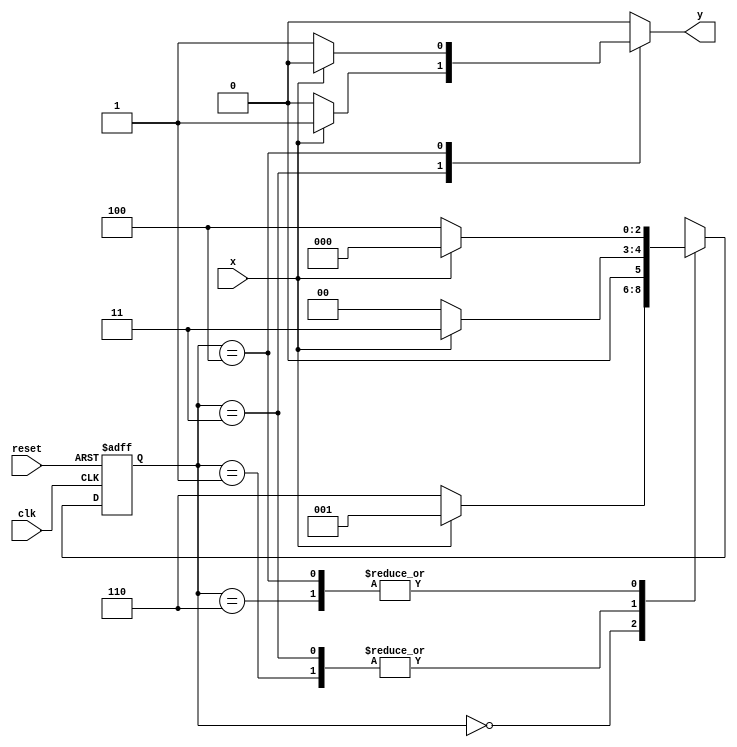
//Nome: Raphaela Fernanda Silva

`define found    1
`define notfound 0

module ex04_seq000_111 (y,x,clk,reset);

output y;
input  x;
input  clk;
input  reset;

reg    y;

parameter
	start  = 3'b000,
	id1    = 3'b001,
	id11   = 3'b011,
	id0    = 3'b110,
	id00   = 3'b100;

reg [2:0] E1;
reg [2:0] E2;

   always @( x or E1 )
		begin
		y = `notfound;

		case ( E1 )
			start:
				if ( x )
					E2 = id1;
				else
					E2 = id0;
				
			id1:
				if ( x )
					E2 = id11;
				else
					E2 = start;

			id11:
				if ( x )
				begin
					E2 =  id11;
					y  = `found;
				end
				else
				begin
					E2 =  start;
					y  = `notfound;
				end
			
			id0:
				if ( x )
					E2 = start;
				else
					E2 = id00;

			id00:
				if ( x )
				begin
					E2 =  start;
					y  = `notfound;
				end
				else
				begin
					E2 =  id00;
					y  = `found;
				end
	 
			default: 
				E2 =  3'bxxx;
		endcase
	  
end 
		
		always @( posedge clk or negedge reset )
		begin
			if ( reset )
				E1 = E2;
			else
				E1 = 0; 
end 

endmodule 

module Ex04;
	
reg   clk, reset, x;
wire  m1;

ex04_seq000_111 M5 (m1,x,clk,reset);

	initial
	begin
		$display("Exercicio04 - Guia10");
		$display("\ntime\tx   seq 000|111" );

       clk   = 1;
       reset = 0;
       x     = 0;

		#10   reset = 1;
		#10  x = 1;
		#10  x = 0;
		#10  x = 0;
		#10  x = 1;
		#10  x = 0;
		#10  x = 1;
		#10  x = 1;
		#10  x = 1;
		#10  x = 1;
		#10  x = 0;
		#10  x = 1;
		#10  x = 1;
		#10  x = 1;
		#10  x = 0;
		#10  x = 1;
		#10  x = 0;
		#10  x = 0;
		#10  x = 0;
		
		#5 $finish;
	
end 

	always
		#5 clk = ~clk;

	always @( posedge clk )
	begin
		$display ( "%4d \t%b\t%b", $time, x, m1);
	end

endmodule